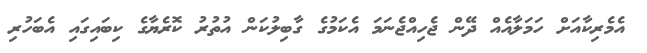
އެމެރިކާއަށް ހަމަލާއެއް ދޭން ޖެހިއްޖެނަމަ އެކަމުގެ ގާބިލުކަން އުތުރު ކޮރެޔާގެ ކިބައިގައި އެބަހުރި